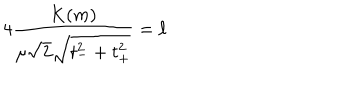
4 \frac { K ( m ) } { \mu \sqrt { 2 } \sqrt { t _ { - } ^ { 2 } + t _ { + } ^ { 2 } } } = \ell \,